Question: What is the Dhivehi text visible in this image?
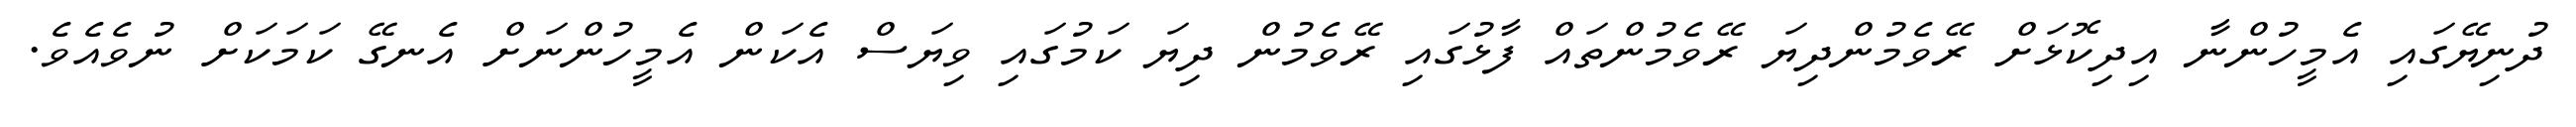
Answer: ދުނިޔޭގައި އެމީހުންނާ އިދިކޮޅަށް ރޭވެމުންދިޔަ ރޭވެމުންތައް ފާޅުގައި ރޭވެމުން ދިޔަ ކަމުގައި ވިޔަސް އެކަން އެމީހުންނަށް އެނގޭ ކަމަކަށް ނުވެއެވެ.